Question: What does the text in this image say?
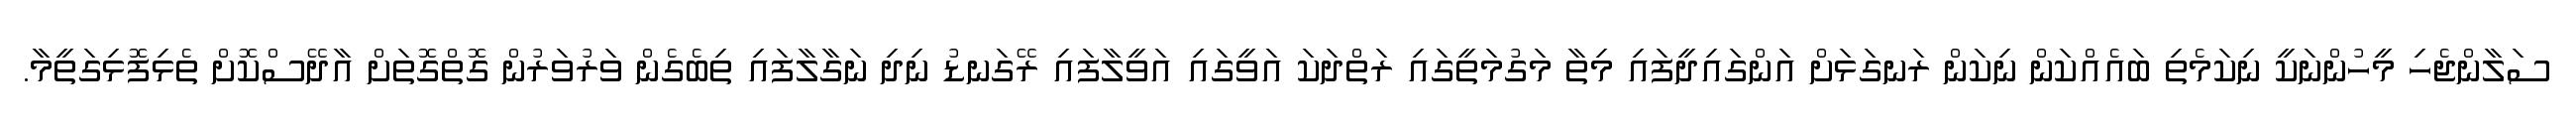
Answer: ސަލާންޖެހި މީހުންނަކީ ނިކަމެތި ބައެއްކަން ނިކަން ރަނގަޅަށް އަންގައިދީފައި މިތާ މަގުމަތީގައި ރަތްދަކަ އަވީގައި އަވީލާފައި ރޭގަނޑު ނިދި ނަގާލާފައި ތިބެގެން ވަރުވަރުން ގޮތްގޮތަށް އާދޭސްކޮށް ތެޅިފޮޅިގަތީމާ.